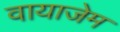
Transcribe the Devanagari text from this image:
वायाजेम